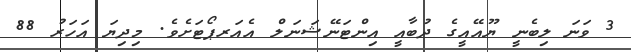
3 ވަނަ ލިބެނީ ޔޫއޭއީގެ ދުބާއީ އިންޓަނޭޝަނަލް އެއަރޕޯޓަށެވެ. މިދިޔަ އަހަރު 88